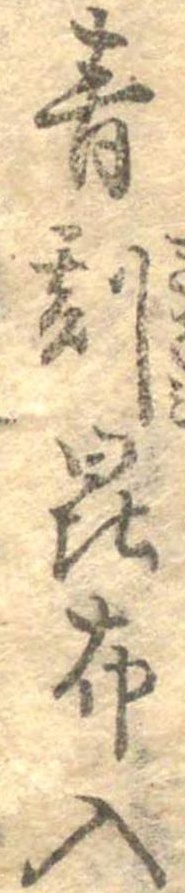
青刻昆布入